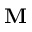
\mathbf { M }